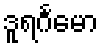
ဒူရင်္ဂမော